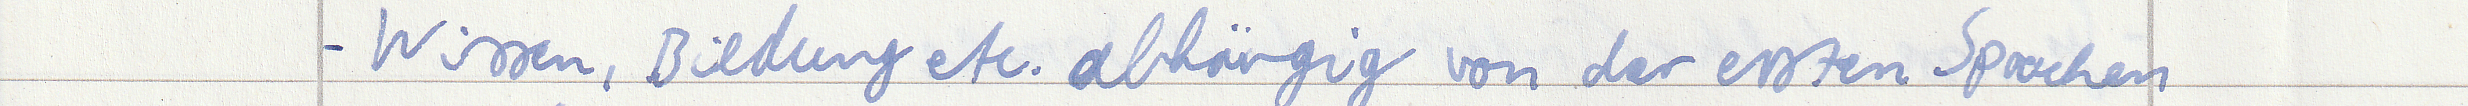
- Wissen, Bildung etc. abhängig von der ersten Sprachen